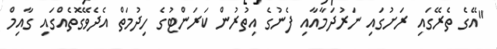
"އޭގެ ތެރޭގައި ރަށުގައި ނަރުދަމާއާއި ފެނުގެ އިތުރުން ކަރަންޓުގެ ހިދުމަތް އެދެވޭގޮތެއްގައި ގާއިމް